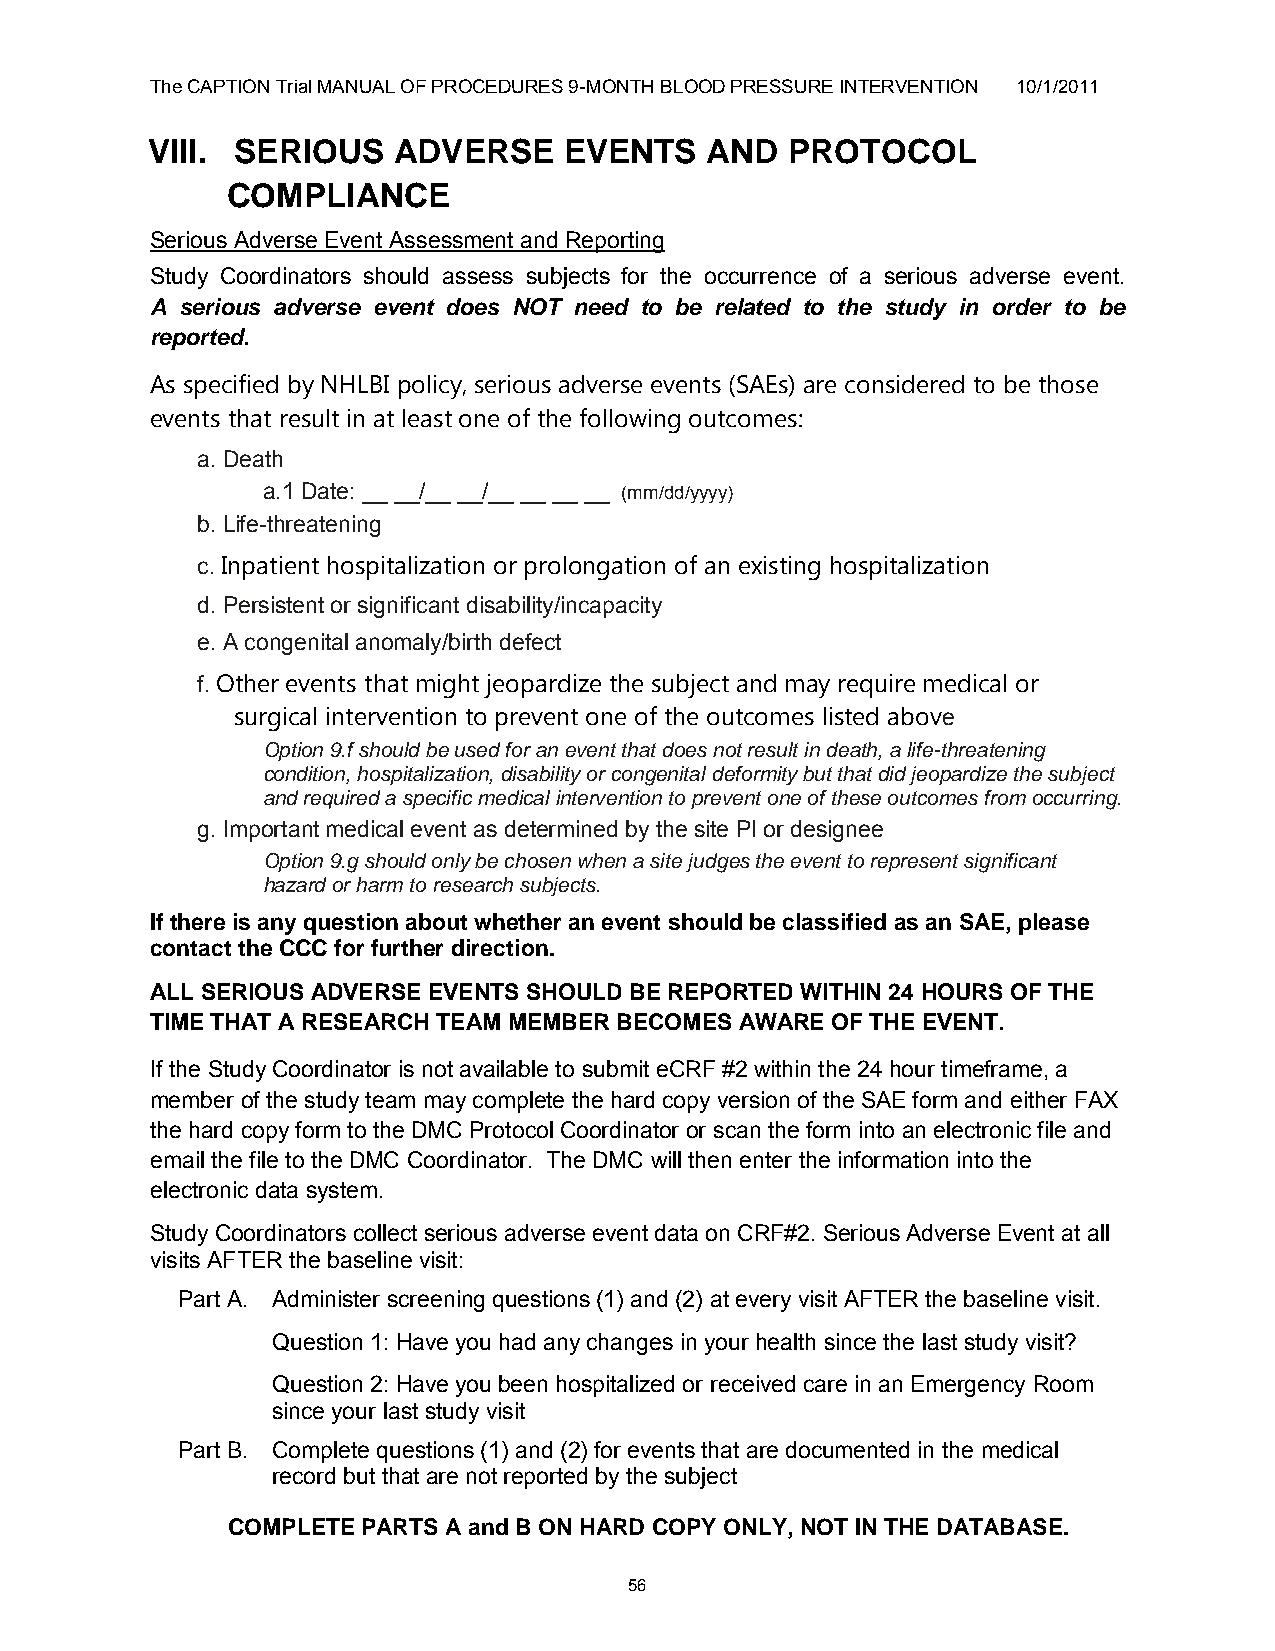
The CAPTION Trial MANUAL OF PROCEDURES 9-MONTH BLOOD PRESSURE INTERVENTION 10/1/2011
 VIII. SERIOUS   ADVERSE    EVENTS    AND  PROTOCOL
 COMPLIANCE
 Serious Adverse Event Assessment and Reporting
 Study Coordinators should assess subjects for the occurrence of a serious adverse event.
 A serious adverse event does NOT need to be related to the study in order to be
 reported.
 As specified by NHLBI policy, serious adverse events (SAEs) are considered to be those
 events that result in at least one of the following outcomes:
 a. Death
 a.1 Date: __ __/__ __/__ __ __ __ (mm/dd/yyyy)
 b. Life-threatening
 c. Inpatient hospitalization or prolongation of an existing hospitalization
 d. Persistent or significant disability/incapacity
 e. A congenital anomaly/birth defect
 f. Other events that might jeopardize the subject and may require medical or
 surgical intervention to prevent one of the outcomes listed above
 Option 9.f should be used for an event that does not result in death, a life-threatening
 condition, hospitalization, disability or congenital deformity but that did jeopardize the subject
 and required a specific medical intervention to prevent one of these outcomes from occurring.
 g. Important medical event as determined by the site PI or designee
 Option 9.g should only be chosen when a site judges the event to represent significant
 hazard or harm to research subjects.
 If there is any question about whether an event should be classified as an SAE, please
 contact the CCC for further direction.
 ALL SERIOUS ADVERSE EVENTS SHOULD BE REPORTED WITHIN 24 HOURS OF THE
 TIME THAT A RESEARCH TEAM MEMBER BECOMES AWARE OF THE EVENT.
 If the Study Coordinator is not available to submit eCRF #2 within the 24 hour timeframe, a
 member of the study team may complete the hard copy version of the SAE form and either FAX
 the hard copy form to the DMC Protocol Coordinator or scan the form into an electronic file and
 email the file to the DMC Coordinator. The DMC will then enter the information into the
 electronic data system.
 Study Coordinators collect serious adverse event data on CRF#2. Serious Adverse Event at all
 visits AFTER the baseline visit:
 Part A. Administer screening questions (1) and (2) at every visit AFTER the baseline visit.
 Question 1: Have you had any changes in your health since the last study visit?
 Question 2: Have you been hospitalized or received care in an Emergency Room
 since your last study visit
 Part B. Complete questions (1) and (2) for events that are documented in the medical
 record but that are not reported by the subject
 COMPLETE PARTS A and B ON HARD COPY ONLY, NOT IN THE DATABASE.
 56